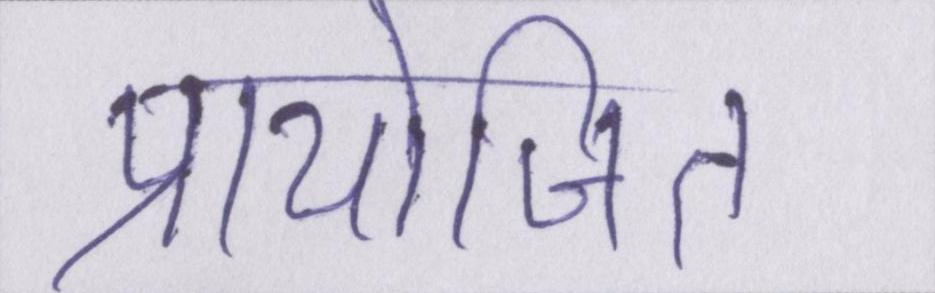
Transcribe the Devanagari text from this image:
प्रायोजित